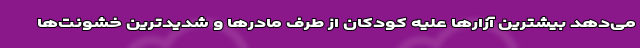
می‌دهد بیشترین آزارها علیه کودکان از طرف مادرها و شدیدترین خشونت‌ها